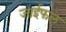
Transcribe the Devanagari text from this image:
जाईफल